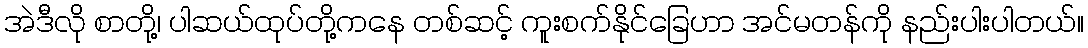
အဲဒီလို စာတို့၊ ပါဆယ်ထုပ်တို့ကနေ တစ်ဆင့် ကူးစက်နိုင်ခြေဟာ အင်မတန်ကို နည်းပါးပါတယ်။